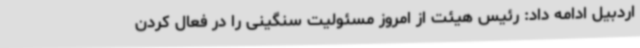
اردبیل ادامه داد: رئیس هیئت از امروز مسئولیت سنگینی را در فعال کردن